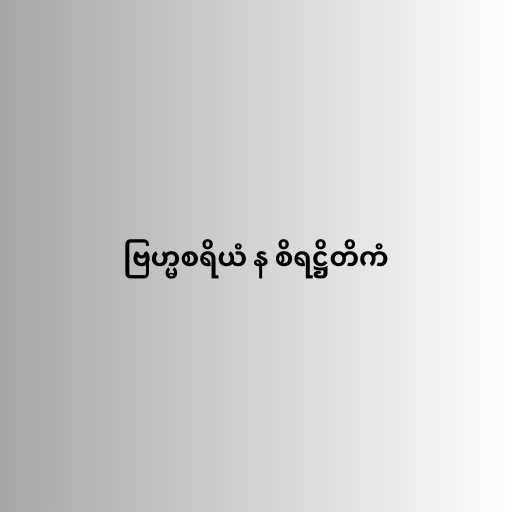
ဗြဟ္မစရိယံ န စိရဋ္ဌိတိကံ